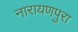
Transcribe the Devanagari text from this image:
नारायणपुरा